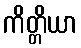
ကိတ္တိယာ